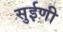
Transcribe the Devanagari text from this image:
सुईणी